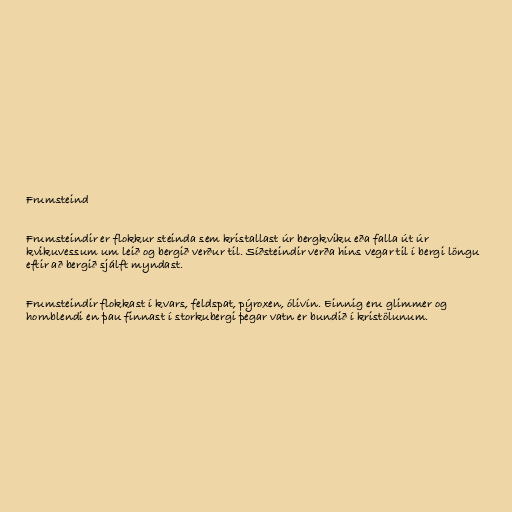
Frumsteind

Frumsteindir er flokkur steinda sem kristallast úr bergkviku eða falla út úr
kvikuvessum um leið og bergið verður til. Síðsteindir verða hins vegar til í bergi löngu
eftir að bergið sjálft myndast.

Frumsteindir flokkast í kvars, feldspat, pýroxen, ólivín. Einnig eru glimmer og
hornblendi en þau finnast í storkubergi þegar vatn er bundið í kristölunum.